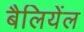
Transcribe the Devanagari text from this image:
बैलियेंल